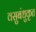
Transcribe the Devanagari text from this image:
वसुबंधुकृत